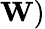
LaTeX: \mathbf{W})